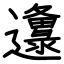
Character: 邍